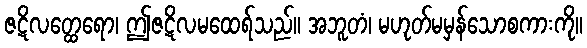
ဇဋိလတ္ထေရော၊ ဤဇဋိလမထေရ်သည်။ အဘူတံ၊ မဟုတ်မမှန်သောစကားကို။